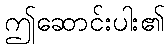
ဤဆောင်းပါး၏